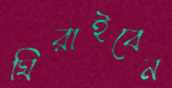
ঘিরাইবেন